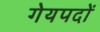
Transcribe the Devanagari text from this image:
गेयपदों